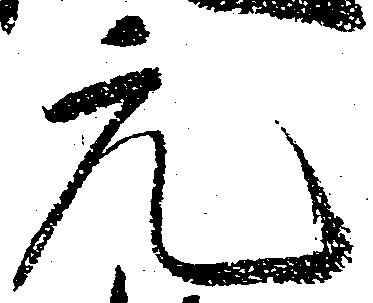
元